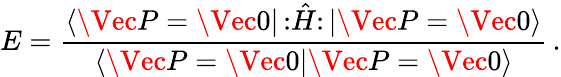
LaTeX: E=\frac{\langle\Vec{P}=\Vec 0|\, {:}\hat{H}{:}\, |\Vec{P}=\Vec 0\rangle}{\langle\Vec{P}=\Vec 0|\Vec{P}=\Vec 0\rangle}\, .